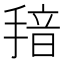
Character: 𱠞